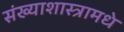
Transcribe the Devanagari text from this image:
संख्याशास्त्रामधे